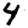
Digit: 4